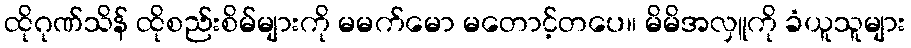
ထိုဂုဏ်သိန် ထိုစည်းစိမ်များကို မမက်မော မတောင့်တပေ။ မိမိအလှူကို ခံယူသူများ